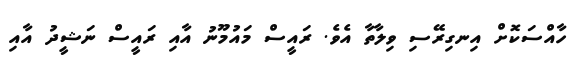
ހާއްސަކޮށް އިނގިރޭސި ވިލާތާ އެވެ. ރައީސް މައުމޫނު އާއި ރައީސް ނަޝީދު އާއި